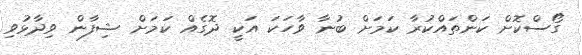
ގޯސްކޮށް ކަންތައްކުރާ ކަމަށް ބުނާ ވާހަކަ އަކީ ދޮގެއް ކަމަށް ޝިފާން ވިދާޅުވި